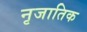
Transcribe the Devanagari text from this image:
नृजातिक